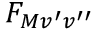
F _ { M v ^ { \prime } v ^ { \prime \prime } }